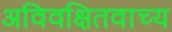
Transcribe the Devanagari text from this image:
अविवक्षितवाच्य